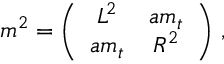
m ^ { 2 } = \left( \begin{array} { c c } { { L ^ { 2 } } } & { { a m _ { t } } } \\ { { a m _ { t } } } & { { R ^ { 2 } } } \end{array} \right) \, ,